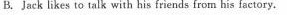
B.Jack likes to talk with his friends from his factory.